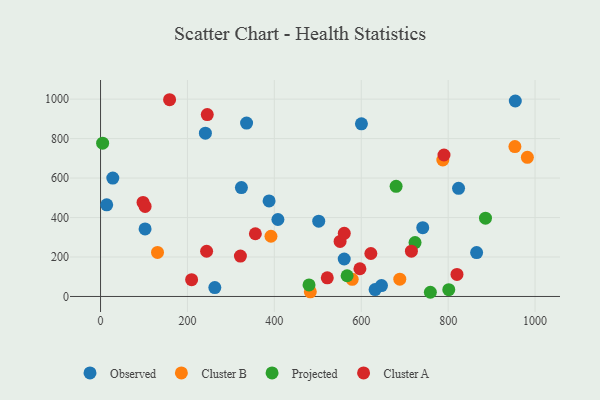
{"axis": {"x": "Investment", "y": "Fuel Efficiency"}, "legend": ["Cluster A", "Cluster B", "Observed", "Projected"], "data": [{"x": "387.9", "y": 484.4, "type": "Observed"}, {"x": "954.5", "y": 990.6, "type": "Observed"}, {"x": "408.2", "y": 390.1, "type": "Observed"}, {"x": "324.2", "y": 551.7, "type": "Observed"}, {"x": "560.8", "y": 190.0, "type": "Observed"}, {"x": "502.1", "y": 381.7, "type": "Observed"}, {"x": "823.9", "y": 548.1, "type": "Observed"}, {"x": "28.2", "y": 599.9, "type": "Observed"}, {"x": "102.5", "y": 342.2, "type": "Observed"}, {"x": "631.9", "y": 35.2, "type": "Observed"}, {"x": "241.3", "y": 827.4, "type": "Observed"}, {"x": "336.1", "y": 878.8, "type": "Observed"}, {"x": "865.5", "y": 222.6, "type": "Observed"}, {"x": "741.5", "y": 348.7, "type": "Observed"}, {"x": "263.0", "y": 45.1, "type": "Observed"}, {"x": "14.2", "y": 464.6, "type": "Observed"}, {"x": "646.6", "y": 55.5, "type": "Observed"}, {"x": "600.4", "y": 875.1, "type": "Observed"}, {"x": "953.6", "y": 759.7, "type": "Cluster B"}, {"x": "392.2", "y": 305.3, "type": "Cluster B"}, {"x": "579.2", "y": 86.7, "type": "Cluster B"}, {"x": "982.3", "y": 704.9, "type": "Cluster B"}, {"x": "688.7", "y": 87.7, "type": "Cluster B"}, {"x": "787.7", "y": 691.6, "type": "Cluster B"}, {"x": "482.8", "y": 23.7, "type": "Cluster B"}, {"x": "131.1", "y": 223.3, "type": "Cluster B"}, {"x": "759.0", "y": 21.3, "type": "Projected"}, {"x": "479.8", "y": 58.4, "type": "Projected"}, {"x": "567.4", "y": 105.1, "type": "Projected"}, {"x": "723.8", "y": 272.9, "type": "Projected"}, {"x": "801.4", "y": 34.6, "type": "Projected"}, {"x": "680.2", "y": 558.2, "type": "Projected"}, {"x": "885.9", "y": 396.9, "type": "Projected"}, {"x": "4.8", "y": 776.7, "type": "Projected"}, {"x": "622.1", "y": 217.7, "type": "Cluster A"}, {"x": "321.9", "y": 204.7, "type": "Cluster A"}, {"x": "356.3", "y": 317.8, "type": "Cluster A"}, {"x": "97.8", "y": 476.5, "type": "Cluster A"}, {"x": "551.3", "y": 279.2, "type": "Cluster A"}, {"x": "244.1", "y": 229.2, "type": "Cluster A"}, {"x": "560.9", "y": 319.8, "type": "Cluster A"}, {"x": "820.3", "y": 111.6, "type": "Cluster A"}, {"x": "596.9", "y": 140.4, "type": "Cluster A"}, {"x": "790.4", "y": 716.8, "type": "Cluster A"}, {"x": "209.6", "y": 85.2, "type": "Cluster A"}, {"x": "245.6", "y": 921.5, "type": "Cluster A"}, {"x": "102.6", "y": 456.4, "type": "Cluster A"}, {"x": "158.9", "y": 997.0, "type": "Cluster A"}, {"x": "521.8", "y": 94.7, "type": "Cluster A"}, {"x": "715.4", "y": 229.4, "type": "Cluster A"}]}